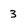
Character: 3